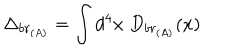
\Delta _ { b r _ { ( A ) } } = \int d ^ { 4 } x \; D _ { b r _ { ( A ) } } ( x )